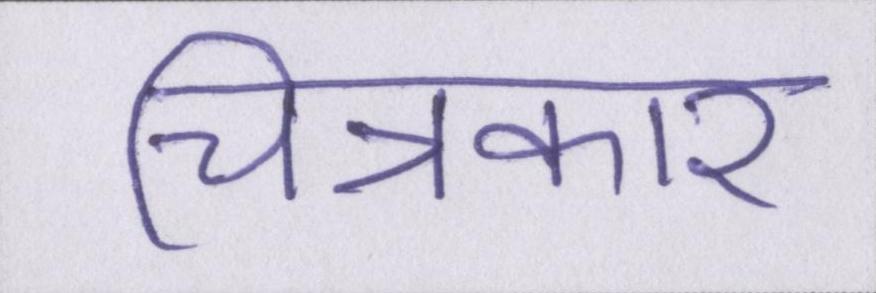
चित्रकार